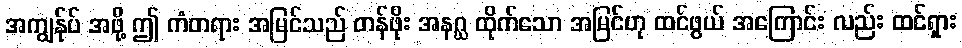
အကျွန်ုပ် အဖို့ ဤ ကံတရား အမြင်သည် တန်ဖိုး အနဂ္ဃ ထိုက်သော အမြင်ဟု ထင်ဖွယ် အကြောင်း လည်း ထင်ရှား